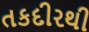
તકદીરથી